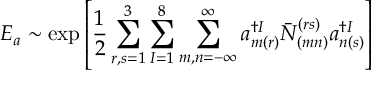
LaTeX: E _ { a } \sim \exp \left[ \frac { 1 } { 2 } \sum _ { r , s = 1 } ^ { 3 } \sum _ { I = 1 } ^ { 8 } \sum _ { m , n = - \infty } ^ { \infty } a _ { m ( r ) } ^ { \dagger I } \bar { N } _ { ( m n ) } ^ { ( r s ) } a _ { n ( s ) } ^ { \dagger I } \right]